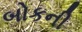
બોકની